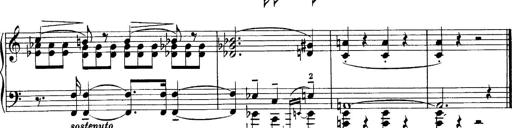
Title: Sonatina No.6
Composer: Ferruccio Busoni